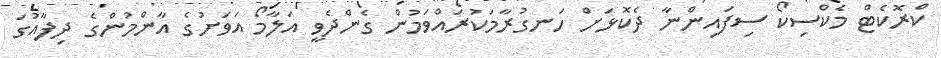
ކްރޮކެޓް މެކްސިކޯ ސިފައިންނާ ދެކޮޅަށް ހަނގުރާމަކުރައްވަމުން ގެންދެވީ އަލާމޯ އަވަށުގެ އާންމުންގެ ދިފާއުގަ